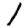
Digit: 1